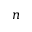
n